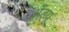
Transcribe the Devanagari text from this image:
अँड्य्रू